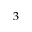
3